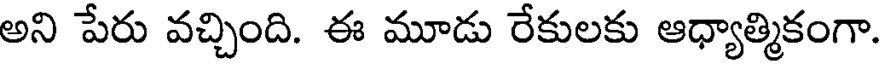
అని పేరు వచ్చింది. ఈ మూడు రేకులకు ఆధ్యాత్మికంగా.